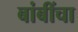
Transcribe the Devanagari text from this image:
बांबींचा